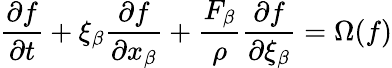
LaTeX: \frac{\partial{f}}{\partial{t}}+{\xi_{\beta}}\frac{\partial{f}}{\partial{x_{\beta}}}+\frac{F_{\beta}}{\rho}\frac{\partial{f}}{\partial{\xi{_{\beta}}}}=\Omega(f)